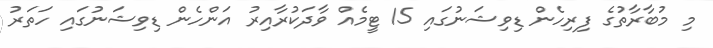
މި މުބާރާތުގެ ފިރިހެން ޑިވިޝަނުގައި 15 ޓީމެއް ވާދަކުރާއިރު އަންހެން ޑިވިޝަނުގައި ހަތަރު